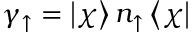
\gamma _ { \uparrow } = \left| \chi \right> n _ { \uparrow } \left< \chi \right|